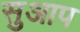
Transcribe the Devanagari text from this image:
सुआप